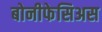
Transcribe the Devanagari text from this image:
बोनीफेसिअस